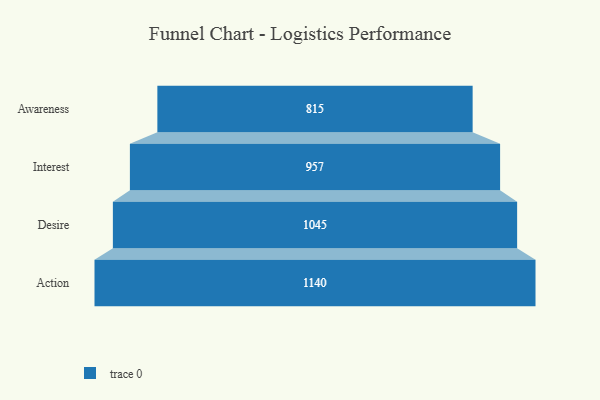
{"axis": {"x": "Stage", "y": "Value"}, "legend": [""], "data": [{"x": "Awareness", "y": 815.0, "type": ""}, {"x": "Interest", "y": 957.0, "type": ""}, {"x": "Desire", "y": 1045.0, "type": ""}, {"x": "Action", "y": 1140.0, "type": ""}]}